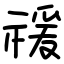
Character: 禐